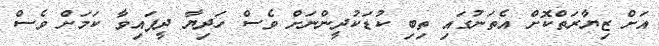
އަށް ޒިޔާރަތްކޮށް އެތަނުގައި ތިބި ކުޑަކުދީންނަށް ވެސް ހަދިޔާ ދީފައިވާ ކަމަށް ވެސް